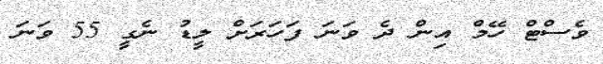
ވެސްޓް ހޭމް އިން ދެ ވަނަ ފަހަރަށް ލީޑު ނެގީ 55 ވަނަ